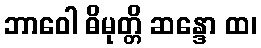
ဘာဝေါ ဓိမုတ္တိ ဆန္ဒော ထ၊